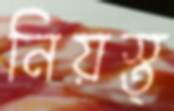
নিয়স্ত্